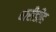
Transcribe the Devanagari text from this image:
बारीडीह